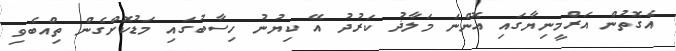
އެގޮތުން އަރްމީނިޔާގައި އޮންނަ މަލާޛު ކަރުދު އޭ ކިޔުނު ހިސާބުގައި މަޑުކޮށްގެން ތިއްބެވި